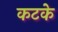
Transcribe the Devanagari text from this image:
कटके